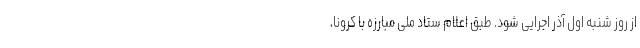
از روز شنبه اول آذر اجرایی شود. طبق اعلام ستاد ملی مبارزه با کرونا،